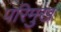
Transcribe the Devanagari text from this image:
परिमुख